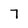
Character: 7